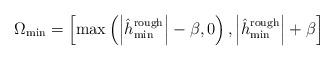
LaTeX: \begin{align*} {\Omega _{\min }} = \left[ {\max \left( {\left| {\hat h_{\min }^{{\rm{rough}}}} \right| - \beta ,0} \right),\left| {\hat h_{\min }^{{\rm{rough}}}} \right| + \beta } \right] \end{align*}